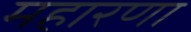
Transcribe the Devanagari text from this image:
महारणा